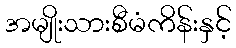
အမျိုးသားစီမံကိန်းနှင့်